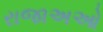
રાજાઅઓ